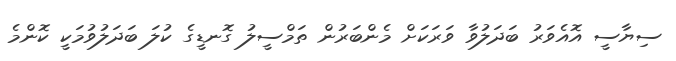
ސިޔާސީ އޮއެވަރު ބަދަލުވާ ވަރަކަށް މެންބަރުން ތަމްސީލު ގޮނޑީގެ ކުލަ ބަދަލުވުމަކީ ކޮންމެ